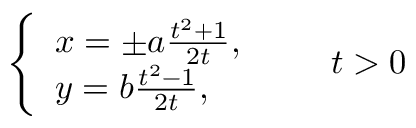
{ \left\{ \begin{array} { l l } { x = \pm a { \frac { t ^ { 2 } + 1 } { 2 t } } , } \\ { y = b { \frac { t ^ { 2 } - 1 } { 2 t } } , } \end{array} \right. } \qquad t > 0